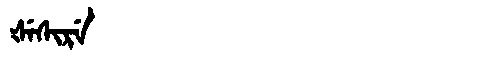
Manchu: ᡧᡝᠰᡳᡵᡝ
Romanization: ŠESIRE